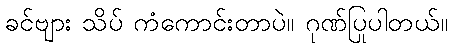
ခင်ဗျား သိပ် ကံကောင်းတာပဲ။ ဂုဏ်ပြုပါတယ်။